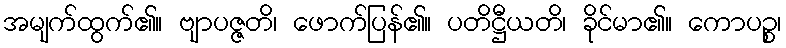
အမျက်ထွက်၏။ ဗျာပဇ္ဇတိ၊ ဖောက်ပြန်၏။ ပတိဋ္ဌီယတိ၊ ခိုင်မာ၏။ ကောပဉ္စ၊